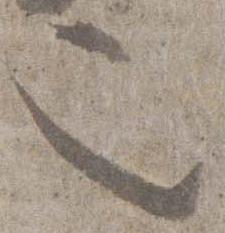
也